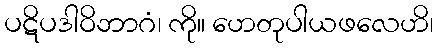
ပဋိပဒါဝိဘာဂံ၊ ကို။ ဟေတုပါယဖလေဟိ၊